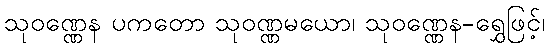
သုဝဏ္ဏေန ပကတော သုဝဏ္ဏမယော၊ သုဝဏ္ဏေန-ရွှေဖြင့်၊